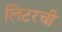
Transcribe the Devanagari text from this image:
लिटरची